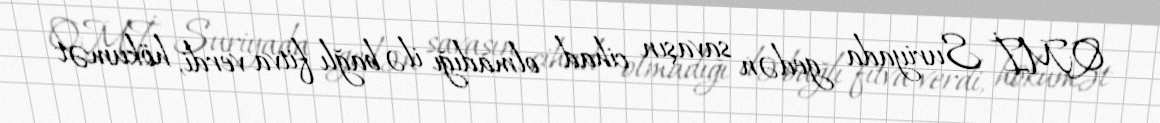
QMİ Suriyada gedən savaşın cihad olmadığı ilə bağlı fitva verdi, hökumət